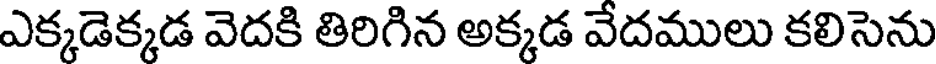
ఎక్కడెక్కడ వెదకి తిరిగిన అక్కడ వేదములు కలిసెను